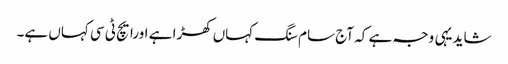
شاید یہی وجہ ہے کہ آج سام سنگ کہاں کھڑا ہے اورایچ ٹی سی کہاں ہے۔